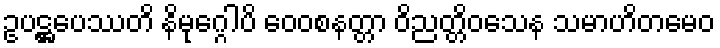
ဥပဋ္ဌပေဿတိ နိမုဂ္ဂေါပိ ဝေဝစနတ္တာ ဝိညတ္တိဝသေန သမာဟိတမေဝ